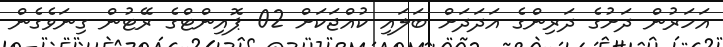
އަހަރުން ދަށުގެ ދަރިންގެ އަދަދަށް ބަލައި ކުއްޖަކަށް 02 ޕޮއިންޓްގެ ރޭޓުން ގިނަވެގެން